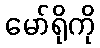
မော်ရိုကို